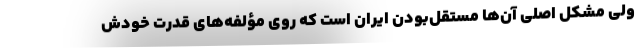
ولی مشکل اصلی‌ آن‌ها مستقل‌بودن ایران است که روی مؤلفه‌های قدرت خودش